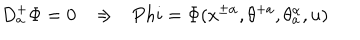
LaTeX: D _ { a } ^ { + } \Phi = 0 \ \ \ \Rightarrow \ \ \, P h i = \Phi ( x ^ { \pm \alpha } , \theta ^ { + a } , \theta _ { a } ^ { \alpha } , u )